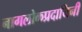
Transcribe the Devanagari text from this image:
नागलोकप्रदायिनी